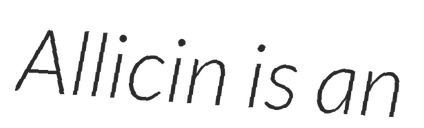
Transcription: Allicin is an